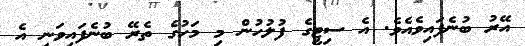
އޭރު ބުނެފައިވެއެވެ. އެ ސިޓީގެ ފުލުހުން މި މަހުގެ ތެރޭ ބުނެފައިވަނީ އެ